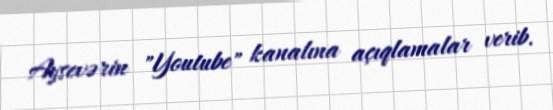
Aysevərin "Youtube" kanalına açıqlamalar verib.